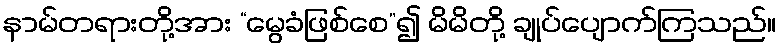
နာမ်တရားတို့အား “မွေခံဖြစ်စေ”၍ မိမိတို့ ချုပ်ပျောက်ကြသည်။